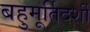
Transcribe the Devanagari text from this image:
बहुमूर्तिदर्शी